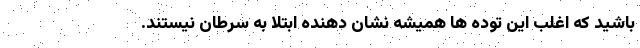
باشید که اغلب این توده ها همیشه نشان دهنده ابتلا به سرطان نیستند.